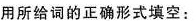
用所给词的正确形式填空: